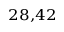
^ { 2 8 , 4 2 }